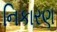
નિકારણ